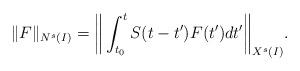
LaTeX: \begin{align*}\| F\|_{N^s(I)} = \bigg\|\int_{t_0}^t S(t - t') F(t') dt'\bigg\|_{X^s(I)}.\end{align*}